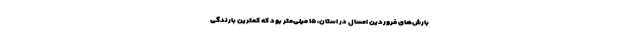
بارش‌های فروردین امسال در استان، ۱۵ میلی‌متر بود که کمترین بارندگی